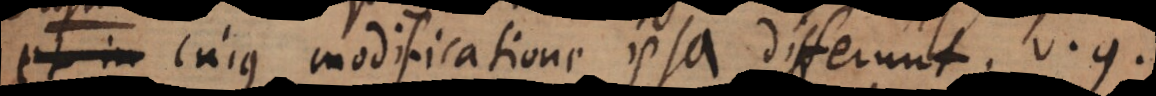
t in cujus modificatione ipsa differunt, v.g.